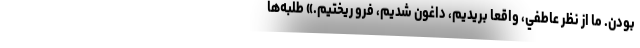
بودن. ما از نظر عاطفي، واقعا بريديم، داغون شديم، فرو ريختيم.» طلبه‌ها